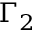
\Gamma _ { 2 }